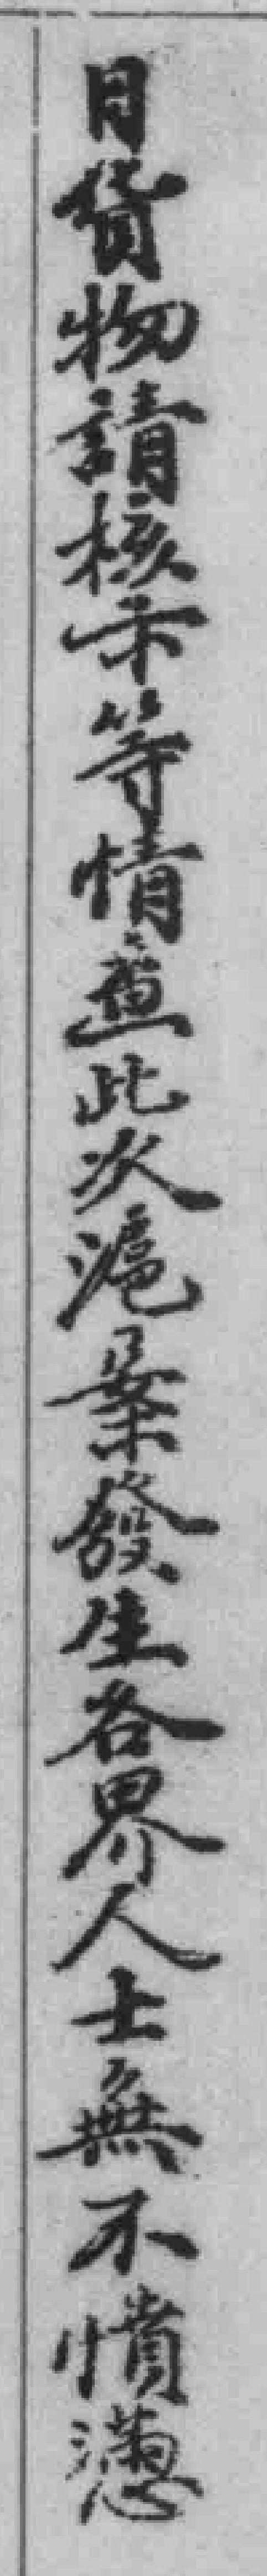
日貨物請核示等情查此次滬案發生各界人士無不憤懣